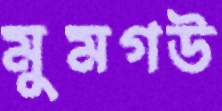
মুমগউ